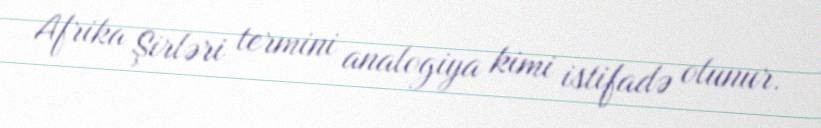
Afrika Şirləri termini analogiya kimi istifadə olunur.